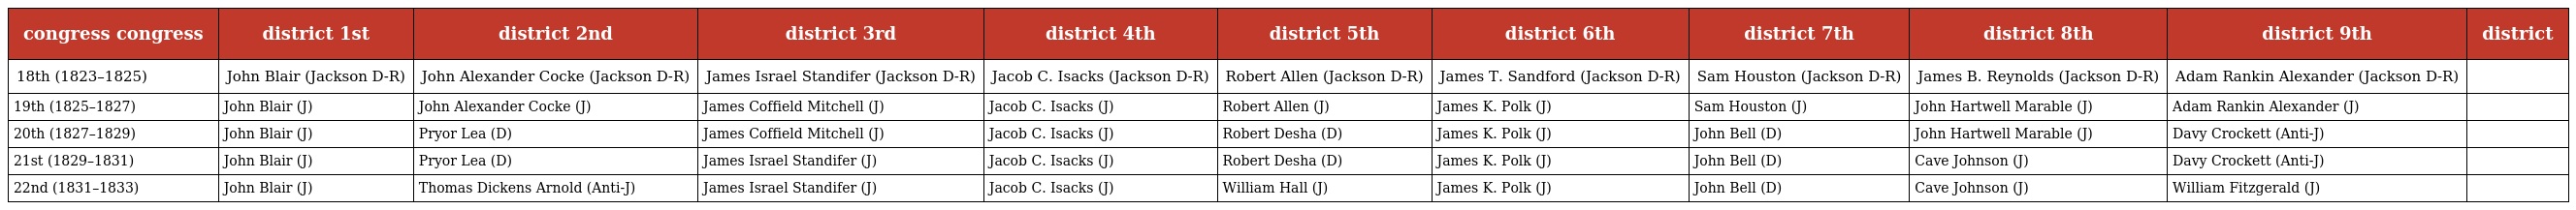
| congress congress | district 1st | district 2nd | district 3rd | district 4th | district 5th | district 6th | district 7th | district 8th | district 9th | district |
 | --- | --- | --- | --- | --- | --- | --- | --- | --- | --- | --- |
 | 18th (1823–1825) | John Blair (Jackson D-R) | John Alexander Cocke (Jackson D-R) | James Israel Standifer (Jackson D-R) | Jacob C. Isacks (Jackson D-R) | Robert Allen (Jackson D-R) | James T. Sandford (Jackson D-R) | Sam Houston (Jackson D-R) | James B. Reynolds (Jackson D-R) | Adam Rankin Alexander (Jackson D-R) |  |
 | 19th (1825–1827) | John Blair (J) | John Alexander Cocke (J) | James Coffield Mitchell (J) | Jacob C. Isacks (J) | Robert Allen (J) | James K. Polk (J) | Sam Houston (J) | John Hartwell Marable (J) | Adam Rankin Alexander (J) |  |
 | 20th (1827–1829) | John Blair (J) | Pryor Lea (D) | James Coffield Mitchell (J) | Jacob C. Isacks (J) | Robert Desha (D) | James K. Polk (J) | John Bell (D) | John Hartwell Marable (J) | Davy Crockett (Anti-J) |  |
 | 21st (1829–1831) | John Blair (J) | Pryor Lea (D) | James Israel Standifer (J) | Jacob C. Isacks (J) | Robert Desha (D) | James K. Polk (J) | John Bell (D) | Cave Johnson (J) | Davy Crockett (Anti-J) |  |
 | 22nd (1831–1833) | John Blair (J) | Thomas Dickens Arnold (Anti-J) | James Israel Standifer (J) | Jacob C. Isacks (J) | William Hall (J) | James K. Polk (J) | John Bell (D) | Cave Johnson (J) | William Fitzgerald (J) |  |